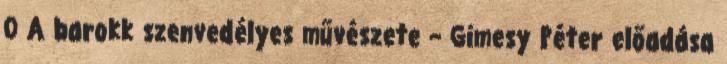
0 A barokk szenvedélyes művészete – Gimesy Péter előadása